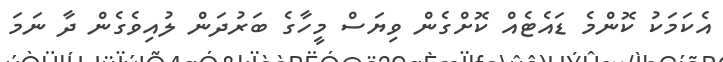
އެކަމަކު ކޮންމެ ޑައެޓެއް ކޮށްގެން ވިޔަސް މީހާގެ ބަރުދަން ލުއިވެގެން ދާ ނަމަ